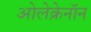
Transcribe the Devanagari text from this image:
ओलेक्रेनॉन